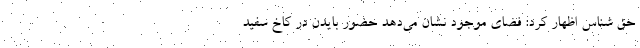
حق شناس اظهار کرد: فضای موجود نشان می‌دهد حضور بایدن در کاخ سفید